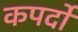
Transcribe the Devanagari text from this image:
कपर्दों